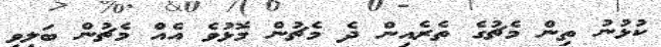
ކުޅުނު ތިން މެޗުގެ ތެރެއިން ދެ މެޗުުން މޮޅުވެ އެއް މެޗުން ބަލިވި